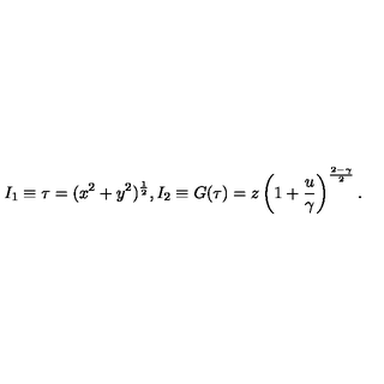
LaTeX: I _ { 1 } \equiv \tau = ( x ^ { 2 } + y ^ { 2 } ) ^ { \frac { 1 } { 2 } } , I _ { 2 } \equiv G ( \tau ) = z \left( 1 + { \frac { u } { \gamma } } \right) ^ { \frac { 2 - \gamma } { 2 } } .